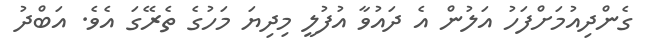
ގެންދިއުމަށްފަހު އަލުން އެ ދައުވާ އުފުލީ މިދިޔަ މަހުގެ ތެރޭގަ އެވެ. އަބްދު